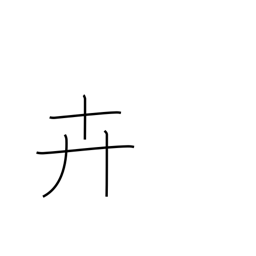
Meaning: grass